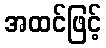
အထင်ဖြင့်